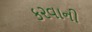
ક૨વાની